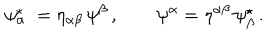
\psi _ { \alpha } ^ { \star } : = \eta _ { \alpha \beta } \, \psi ^ { \beta } \, , \qquad \psi ^ { \alpha } = \eta ^ { \alpha \beta } \, \psi _ { \beta } ^ { \star } \, .